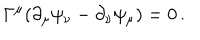
\Gamma ^ { \mu } ( \partial _ { \mu } \psi _ { \nu } - \partial _ { \nu } \psi _ { \mu } ) = 0 \, .